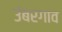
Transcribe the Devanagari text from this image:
उंबरगाव